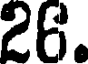
26.